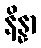
နိန္နာ